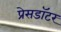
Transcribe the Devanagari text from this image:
प्रेसडॉटर